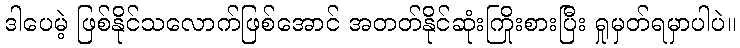
ဒါပေမဲ့ ဖြစ်နိုင်သလောက်ဖြစ်အောင် အတတ်နိုင်ဆုံးကြိုးစားပြီး ရှုမှတ်ရမှာပါပဲ။